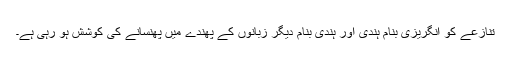
تنازعے کو انگریزی بنام ہندی اور ہندی بنام دیگر زبانوں کے پھندے میں پھنسانے کی کوشش ہو رہی ہے۔